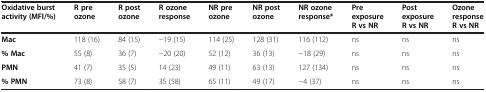
<table><thead><tr><td><b>Oxidative burst activity (MFI/%)</b></td><td><b>R pre ozone</b></td><td><b>R post ozone</b></td><td><b>R ozone response</b></td><td><b>NR pre ozone</b></td><td><b>NR post ozone</b></td><td><b>NR ozone response*</b></td><td><b>Pre exposure R vs NR</b></td><td><b>Post exposure R vs NR</b></td><td><b>Ozone response R vs NR</b></td></tr></thead><tbody><tr><td><b>Mac</b></td><td>118 (16)</td><td>84 (15)</td><td>−19 (15)</td><td>114 (25)</td><td>128 (31)</td><td>116 (112)</td><td>ns</td><td>ns</td><td>ns</td></tr><tr><td><b>% Mac</b></td><td>55 (8)</td><td>36 (7)</td><td>−20 (20)</td><td>52 (12)</td><td>36 (13)</td><td>−18 (29)</td><td>ns</td><td>ns</td><td>ns</td></tr><tr><td><b>PMN</b></td><td>41 (7)</td><td>35 (5)</td><td>14 (23)</td><td>49 (11)</td><td>63 (13)</td><td>127 (134)</td><td>ns</td><td>ns</td><td>ns</td></tr><tr><td><b>% PMN</b></td><td>73 (8)</td><td>58 (7)</td><td>35 (58)</td><td>65 (11)</td><td>49 (17)</td><td>−4 (37)</td><td>ns</td><td>ns</td><td>ns</td></tr></tbody></table>